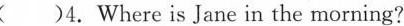
( )4.Where is Jane in the morning?